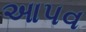
આપવ